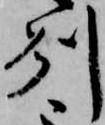
州